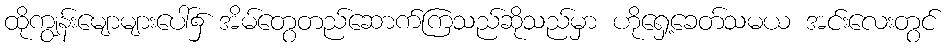
ထိုကျွန်းမျောများပေါ်၌ အိမ်တွေတည်ဆောက်ကြသည်ဆိုသည်မှာ ဟိုရှေ့ခေတ်သမယ အင်းလေးတွင်